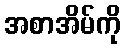
အစာအိမ်ကို